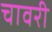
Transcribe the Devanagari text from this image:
चावरी